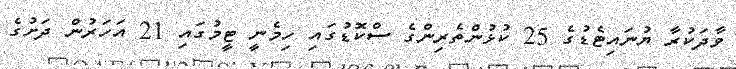
ވާދަކުރާ ޔުނައިޓެޑުގެ 25 ކުޅުންތެރިންގެ ސްކޮޑުގައި ހިމެނީ ޓީމުގައި 21 އަހަރުން ދަށުގެ